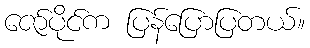
ဇော်ပိုင်က ပြန်ပြောပြတယ်။